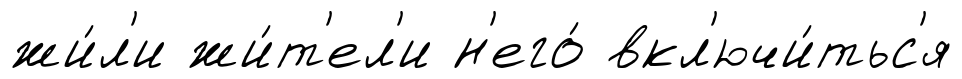
жи́л'и жи́т'ел'и н'его́ вкл'ючи́тьс'я